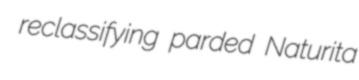
reclassifying parded Naturita